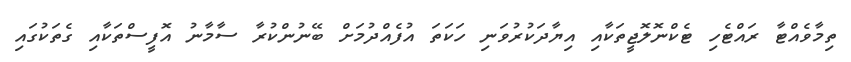
ތިމާވެއްޓާ ރައްޓެހި ޓެކްނޮލޮޖީތަކާއި އިޔާދަކުރުވަނި ހަކަތަ އުފެއްދުމަށް ބޭނުންކުރާ ސާމާނު އޮފީސްތަކާއި ގެތަކުގައި